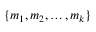
\{ m _ { 1 } , m _ { 2 } , \dots , m _ { k } \}